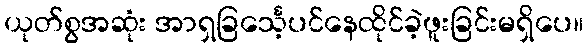
ယုတ်စွအဆုံး အာရှခြင်္သေ့ပင်နေထိုင်ခဲ့ဖူးခြင်းမရှိပေ။